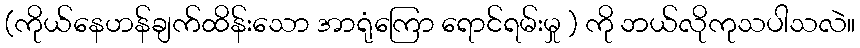
(ကိုယ်နေဟန်ချက်ထိန်းသော အာရုံကြော ရောင်ရမ်းမှု ) ကို ဘယ်လိုကုသပါသလဲ။